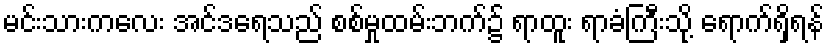
မင်းသားကလေး အင်ဒရေသည် စစ်မှုထမ်းဘက်၌ ရာထူး ရာခံကြီးသို့ ရောက်ရှိရန်